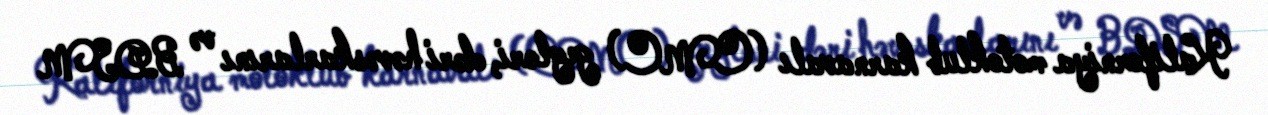
Kaliforniya motoklub karnavalı (CMC) geyləri, dəri həvəskarlarını və BDSM